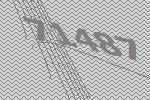
71487